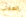
العقاب